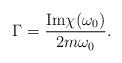
LaTeX: \begin{align*}\Gamma = \frac{{\rm Im}\chi(\omega_0)}{2 m \omega_0}.\end{align*}